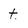
Character: t